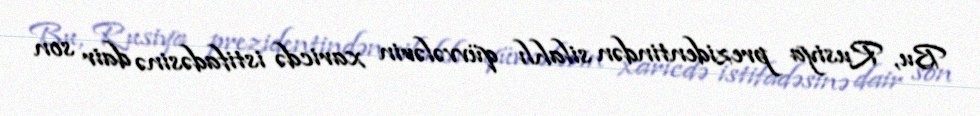
Bu, Rusiya prezidentindən silahlı qüvvələrin xaricdə istifadəsinə dair son